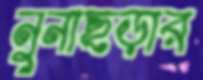
নুনাছড়ার